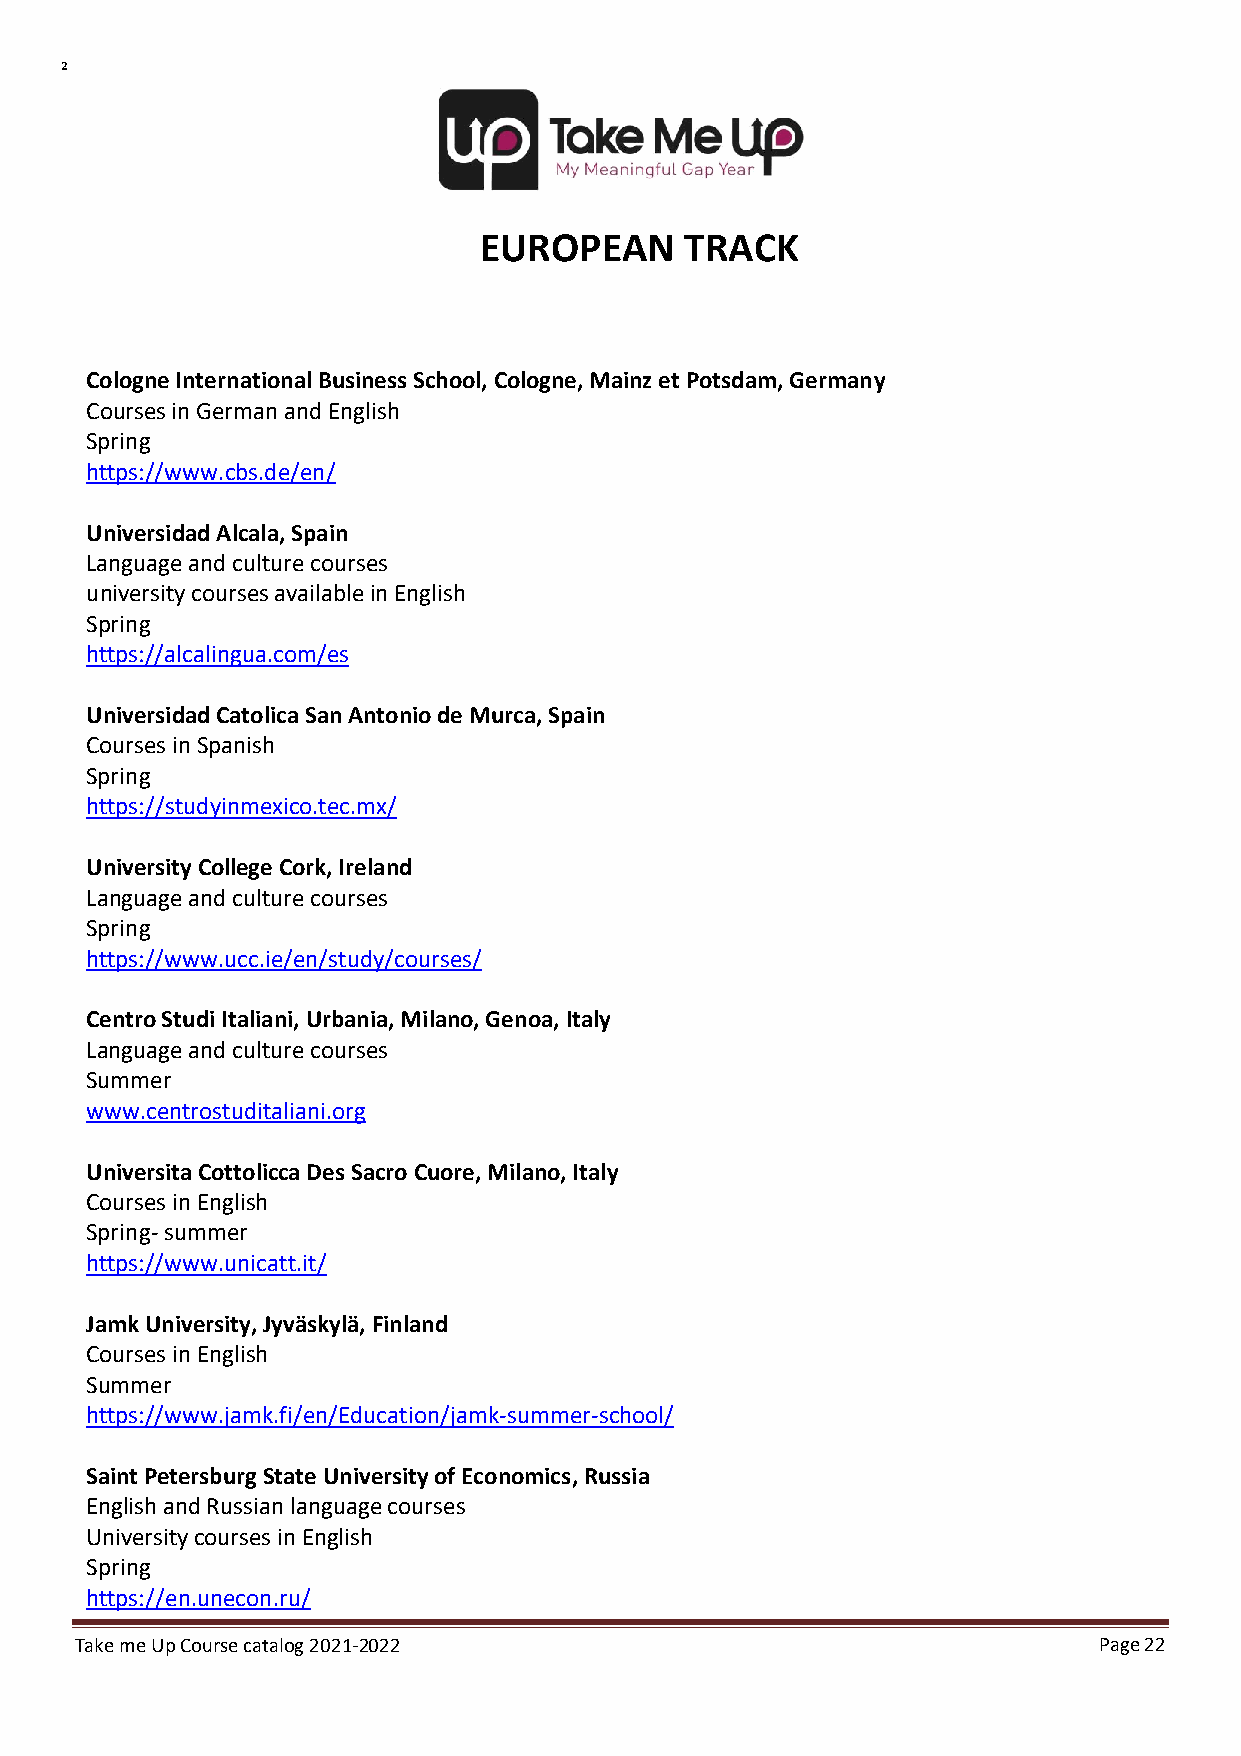
²
 EUROPEAN     TRACK
 Cologne International Business School, Cologne, Mainz et Potsdam, Germany
 Courses in German and English
 Spring
 https://www.cbs.de/en/
 Universidad Alcala, Spain
 Language and culture courses
 university courses available in English
 Spring
 https://alcalingua.com/es
 Universidad Catolica San Antonio de Murca, Spain
 Courses in Spanish
 Spring
 https://studyinmexico.tec.mx/
 University College Cork, Ireland
 Language and culture courses
 Spring
 https://www.ucc.ie/en/study/courses/
 Centro Studi Italiani, Urbania, Milano, Genoa, Italy
 Language and culture courses
 Summer
 www.centrostuditaliani.org
 Universita Cottolicca Des Sacro Cuore, Milano, Italy
 Courses in English
 Spring- summer
 https://www.unicatt.it/
 Jamk University, Jyväskylä, Finland
 Courses in English
 Summer
 https://www.jamk.fi/en/Education/jamk-summer-school/
 Saint Petersburg State University of Economics, Russia
 English and Russian language courses
 University courses in English
 Spring
 https://en.unecon.ru/
 Take me Up Course catalog 2021-2022                                 Page 22
 Undergraduate Course Catalog